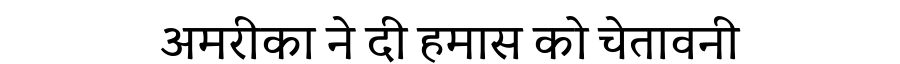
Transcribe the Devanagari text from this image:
अमरीका ने दी हमास को चेतावनी